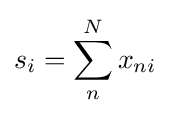
s_{i}=\sum _{n}^{N}x_{ni}